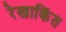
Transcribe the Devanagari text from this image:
रेखाकिंत